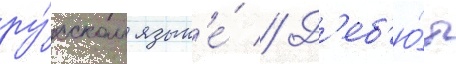
ру́сском язык'е́ // Д'еб'ю́т